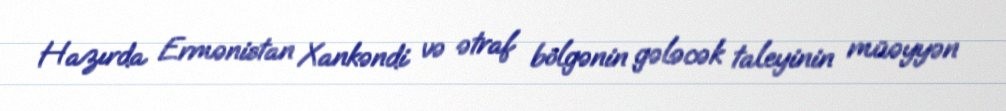
Hazırda Ermənistan Xankəndi və ətraf bölgənin gələcək taleyinin müəyyən